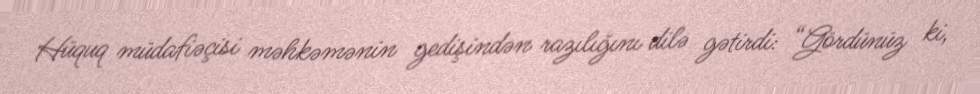
Hüquq müdafiəçisi məhkəmənin gedişindən razılığını dilə gətirdi: “Gördünüz ki,